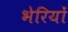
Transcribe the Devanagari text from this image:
भेरियों